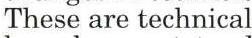
These are technical